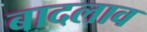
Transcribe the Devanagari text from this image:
बादलाव